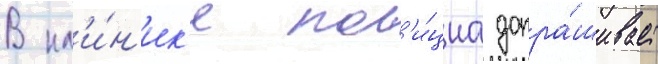
В кл'и́н'ик'е пол'и́циа допра́шивает